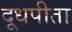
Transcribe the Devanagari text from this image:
दूधपीता